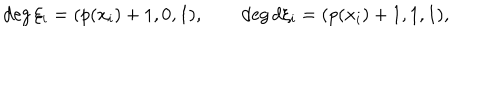
\deg \xi _ { i } = ( p ( x _ { i } ) + 1 , 0 , 1 ) , \qquad \deg d \xi _ { i } = ( p ( x _ { i } ) + 1 , 1 , 1 ) ,